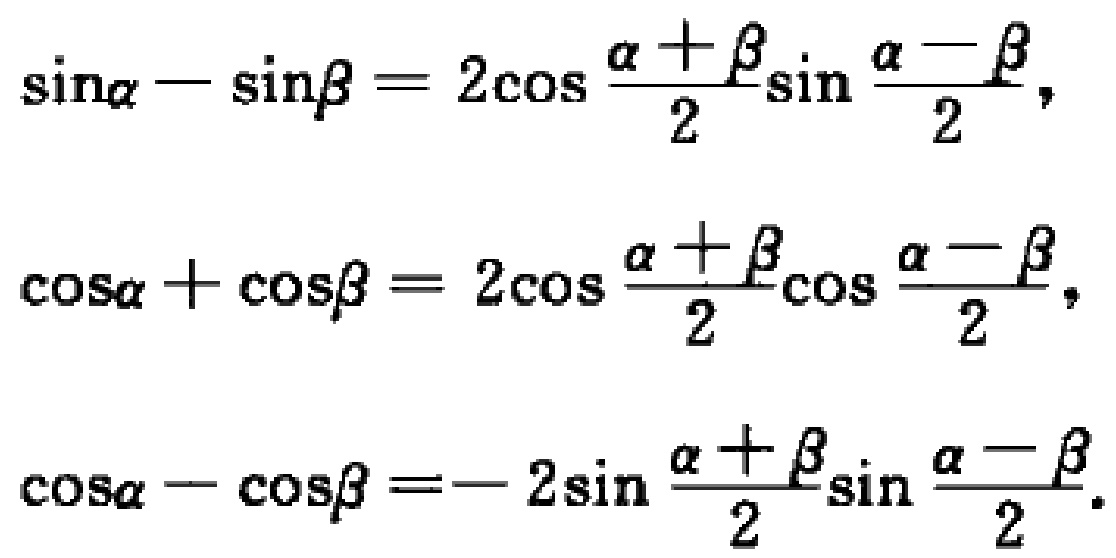
\[\begin{align*}

\sin\alpha - \sin\beta&= 2\cos\frac{\alpha + \beta}{2}\sin\frac{\alpha - \beta}{2},\\

\cos\alpha + \cos\beta&= 2\cos\frac{\alpha + \beta}{2}\cos\frac{\alpha - \beta}{2},\\

\cos\alpha - \cos\beta&= - 2\sin\frac{\alpha + \beta}{2}\sin\frac{\alpha - \beta}{2}.

\end{align*}\]